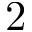
2